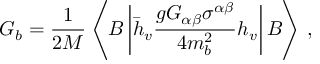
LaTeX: G _ { b } = \frac { 1 } { 2 M } \left\langle B \left| \bar { h } _ { v } \frac { g G _ { \alpha \beta } \sigma ^ { \alpha \beta } } { 4 m _ { b } ^ { 2 } } h _ { v } \right| B \right\rangle \, ,